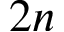
2 n